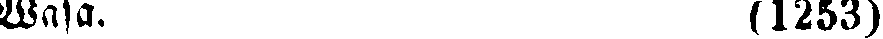
Wasa. (1253)